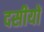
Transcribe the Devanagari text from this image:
दसीयों